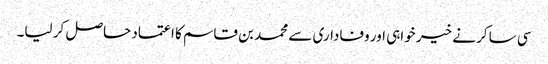
سی ساکر نے خیر خواہی اور وفاداری سے محمد بن قاسم کا اعتماد حاصل کر لیا۔